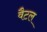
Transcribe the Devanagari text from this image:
वैटल